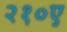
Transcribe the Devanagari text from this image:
२१०ए